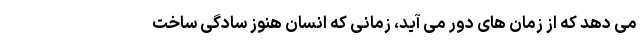
می دهد که از زمان های دور می آید، زمانی که انسان هنوز سادگیِ ساختِ